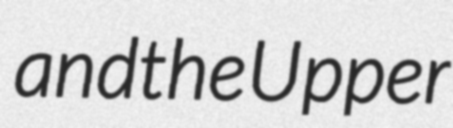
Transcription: and the Upper